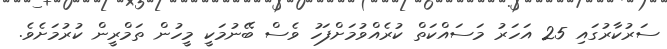
ސަރުކާރުގައި 25 އަހަރު މަސައްކަތް ކުރެއްވުމަށްފަހު ވެސް ބޭނުމަކީ މީހުން ތަމްރީން ކުރުމަށެވެ.